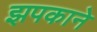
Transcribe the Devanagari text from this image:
झपकाने